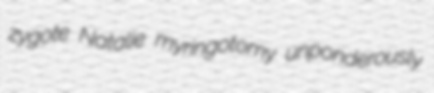
zygote Natalie myringotomy unponderously